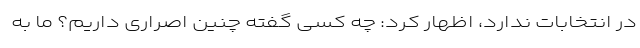
در انتخابات ندارد، اظهار کرد: چه کسی گفته چنین اصراری داریم؟ ما به